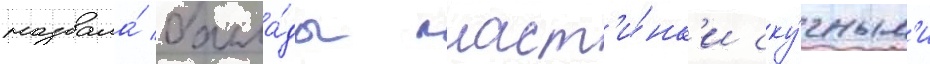
назвала́ балла́ды пласт'и́нк'и ску́чным'и